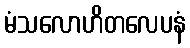
မံသလောဟိတလေပနံ